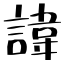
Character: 諱